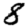
Digit: 8